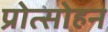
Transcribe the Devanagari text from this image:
प्रोत्साेहन